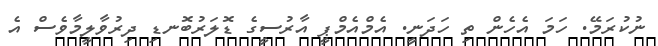
ނުކުރަމޭ. ހަމަ އެހެން ތި ހަދަނީ. އެމްއެމްޕީ އާރުސީގެ ޑޮލަރުބޮނޑި ދިރުވާލީމާވެސް އެ